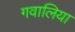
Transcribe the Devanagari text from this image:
गवालिया